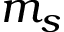
m _ { s }